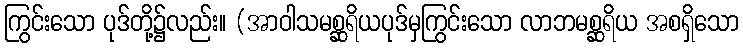
ကြွင်းသော ပုဒ်တို့၌လည်း။ (အာဝါသမစ္ဆရိယပုဒ်မှကြွင်းသော လာဘမစ္ဆရိယ အစရှိသော